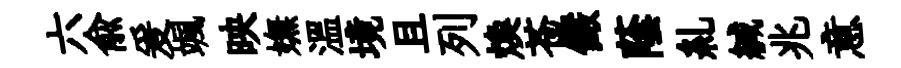
六俞爰颯映嫵温境且列焕苍儼蔭糺緘兆意